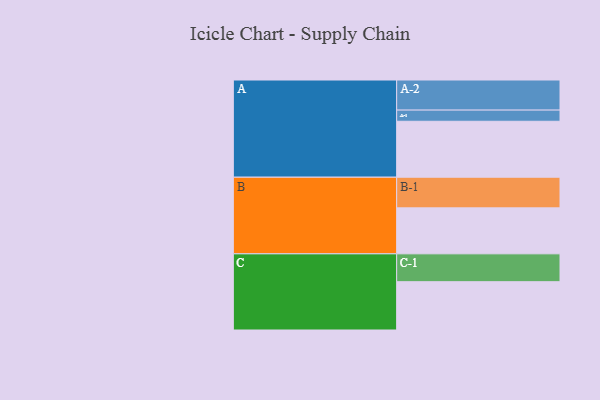
{"axis": {"x": "Segment", "y": "Value"}, "legend": ["", "A", "B", "C"], "data": [{"x": "A", "y": 526, "type": ""}, {"x": "B", "y": 432, "type": ""}, {"x": "C", "y": 454, "type": ""}, {"x": "A-1", "y": 105, "type": "A"}, {"x": "A-2", "y": 283, "type": "A"}, {"x": "B-1", "y": 288, "type": "B"}, {"x": "C-1", "y": 262, "type": "C"}]}